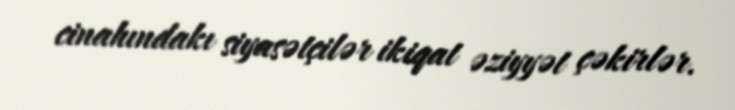
cinahındakı siyasətçilər ikiqat əziyyət çəkirlər.